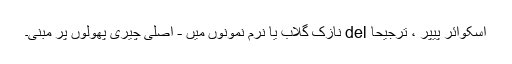
اسکوائر پیپر ، ترجیحا del نازک گلاب یا نرم نمونوں میں - اصلی چیری پھولوں پر مبنی۔